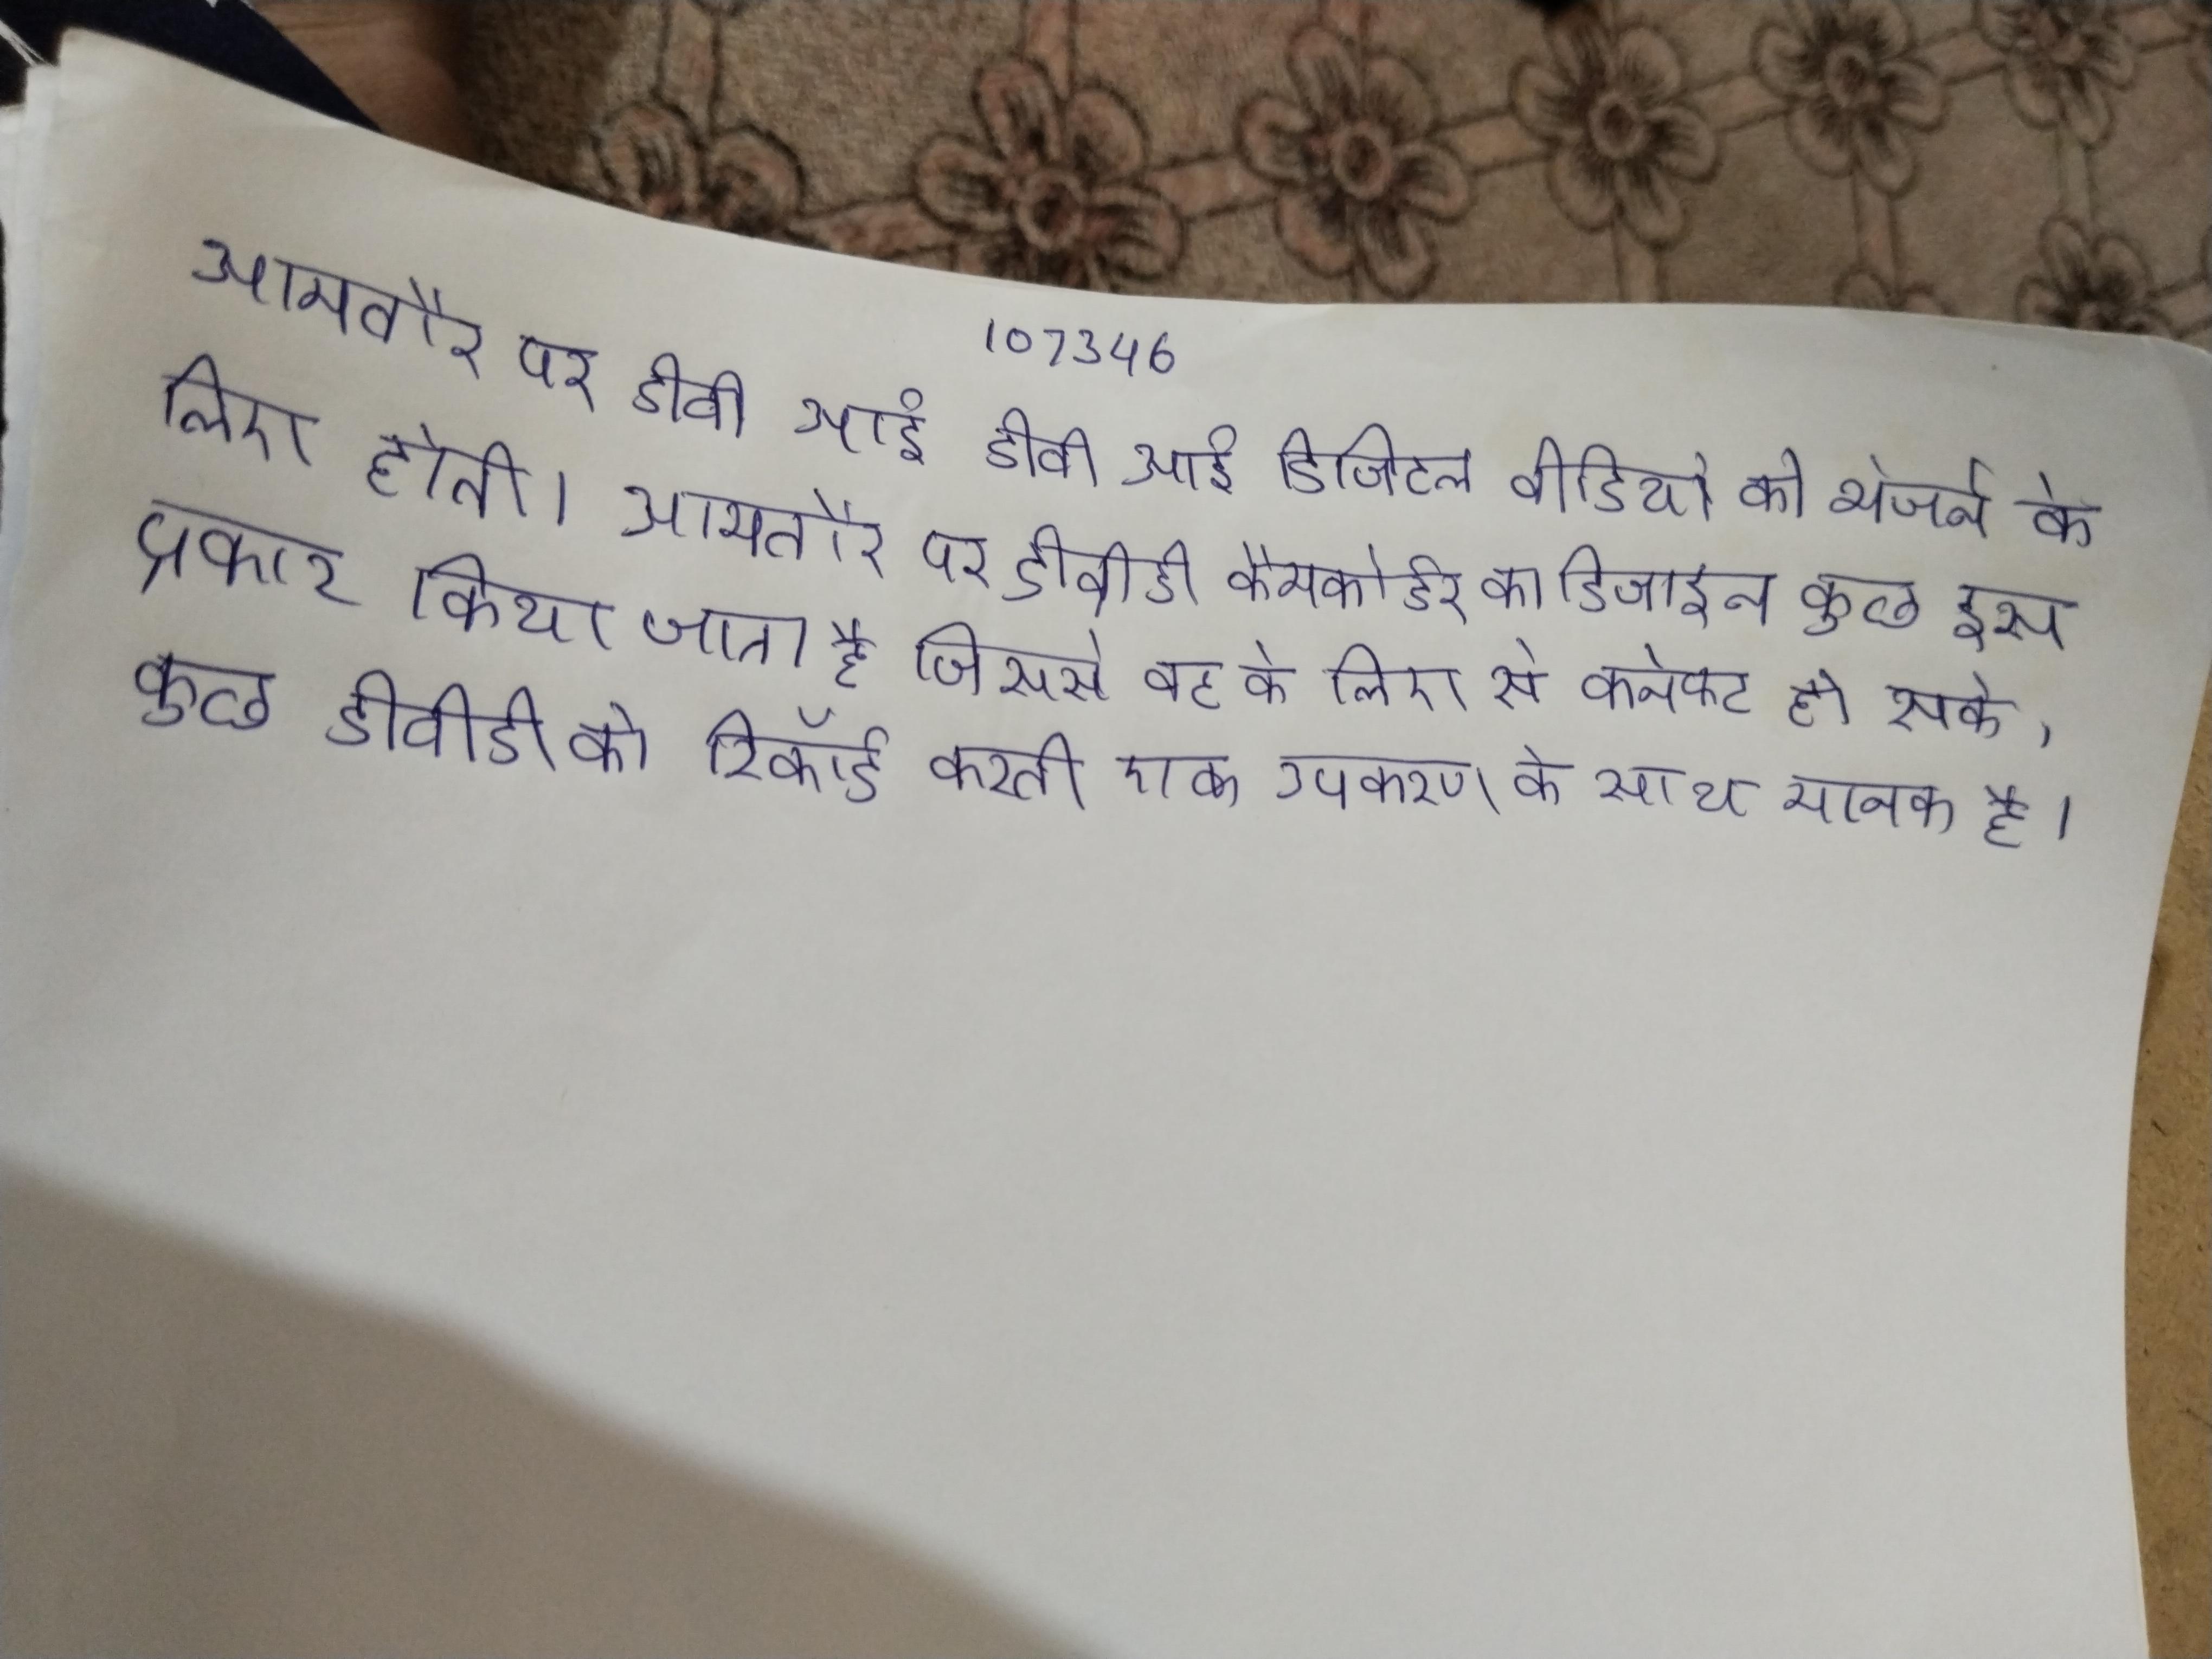
आमतौर पर डीवीआई डीवीआई डिजिटल वीडियो को भेजने के लिए होती । आमतौर पर डीवीडी कैमकोर्डर का डिजाइन कुछ इस प्रकार किया जाता है जिससे वह के लिए से कनेक्ट हो सके, कुछ डीवीडी को रिकॉर्ड करती एक ऐसी सुविधा जो एक उपकरण के साथ मानक है ।